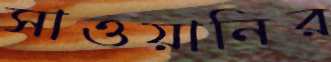
সাওয়ানির